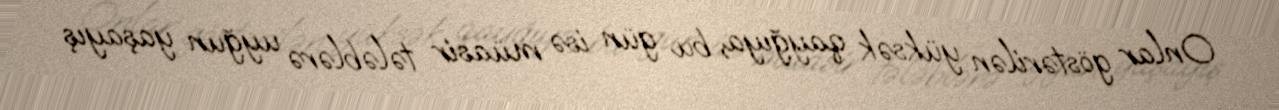
Onlar göstərilən yüksək qayğıya, bu gün isə müasir tələblərə uyğun yaşayış